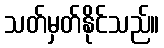
သတ်မှတ်နိုင်သည်။